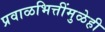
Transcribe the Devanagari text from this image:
प्रवाळभित्तींमुळेही